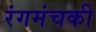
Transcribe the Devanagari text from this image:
रंगमंचकी